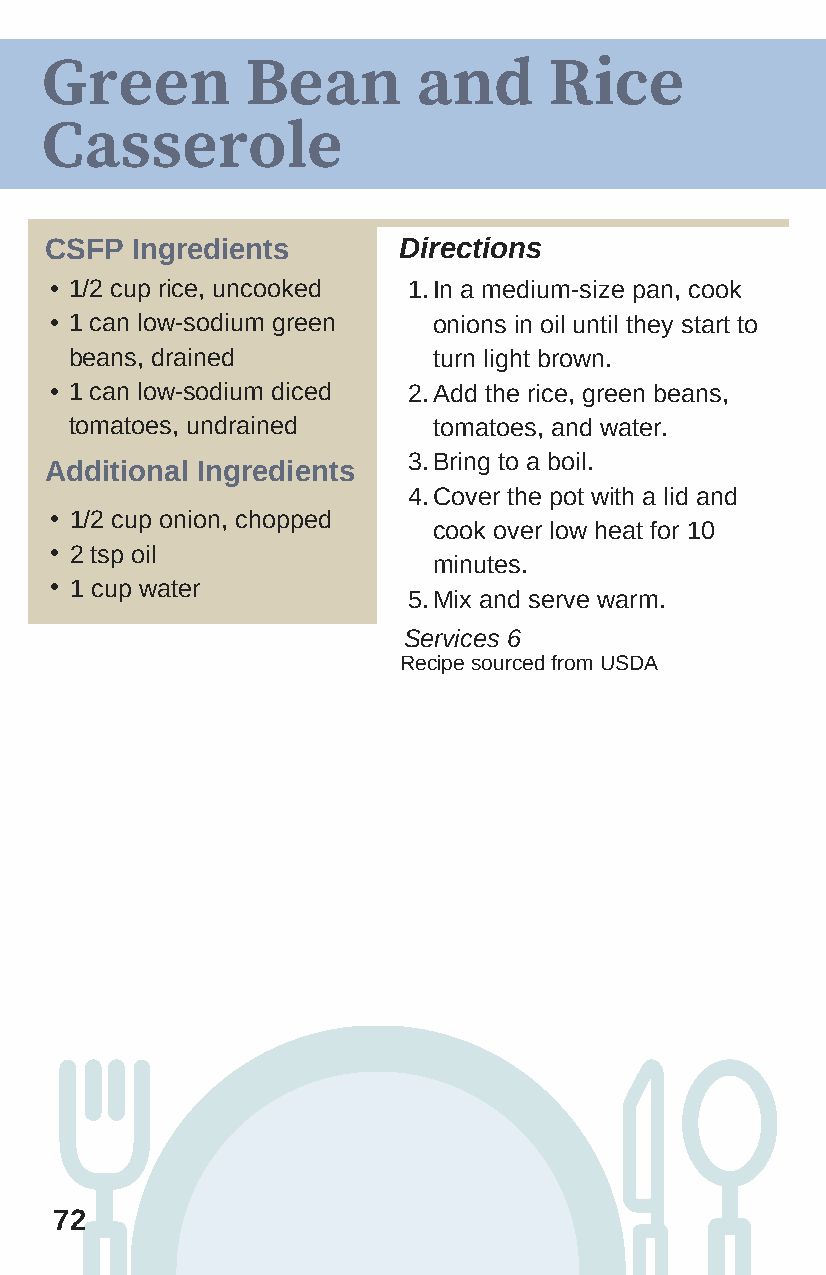
Green        Bean        and     Rice
 Casserole
 CSFP  Ingredients      Directions
 • 1/2 cup rice, uncooked 1. In a medium-size pan, cook
 • 1 can low-sodium green  onions in oil until they start to
 beans, drained          turn light brown.
 • 1 can low-sodium diced 2. Add the rice, green beans,
 tomatoes, undrained     tomatoes, and water.
 3. Bring to a boil.
 Additional Ingredients
 4. Cover the pot with a lid and
 • 1/2 cup onion, chopped
 cook over low heat for 10
 • 2 tsp oil
 minutes.
 • 1 cup water
 5. Mix and serve warm.
 Services 6
 Recipe sourced from USDA
 72